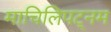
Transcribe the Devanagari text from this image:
माचिलिपट्नम